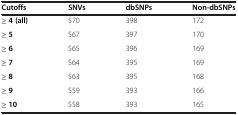
<table><thead><tr><td><b>Cutoffs</b></td><td><b>SNVs</b></td><td><b>dbSNPs</b></td><td><b>Non-dbSNPs</b></td></tr></thead><tbody><tr><td><b>≥ 4 (all)</b></td><td>570</td><td>398</td><td>172</td></tr><tr><td><b>≥ 5</b></td><td>567</td><td>397</td><td>170</td></tr><tr><td><b>≥ 6</b></td><td>565</td><td>396</td><td>169</td></tr><tr><td><b>≥ 7</b></td><td>564</td><td>395</td><td>169</td></tr><tr><td><b>≥ 8</b></td><td>563</td><td>395</td><td>168</td></tr><tr><td><b>≥ 9</b></td><td>559</td><td>393</td><td>166</td></tr><tr><td><b>≥ 10</b></td><td>558</td><td>393</td><td>165</td></tr></tbody></table>